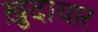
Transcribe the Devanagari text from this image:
ख़ुदायार